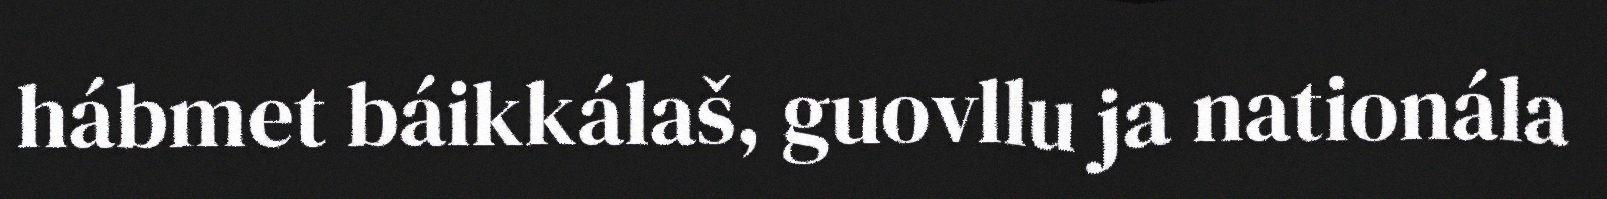
hábmet báikkálaš, guovllu ja nationála